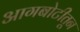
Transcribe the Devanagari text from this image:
आगबोटीतून